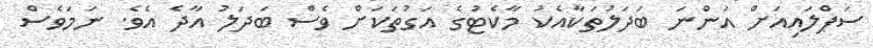
ސަޕްލައިއަށް އަންނަ ބަދަލުތަކާއެކު މާކެޓުގެ އަގުތަކަށް ވެސް ބަދަލު އާދެ އެވެ. ނަމަވެސް